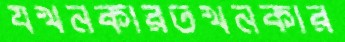
যখনকারতখনকার